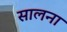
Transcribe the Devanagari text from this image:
सालना